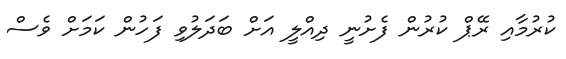
ކުރުމާއި ރޭޕް ކުރުން ފެށުނީ ދިއްލީ އަށް ބަދަލުވި ފަހުން ކަމަށް ވެސް